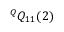
^ Q Q _ { 1 1 } ( 2 )